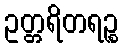
ဥတ္တရိတရဉ္စ